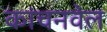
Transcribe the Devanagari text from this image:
कांचनवेल